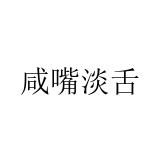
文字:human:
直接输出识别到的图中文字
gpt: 咸嘴淡舌